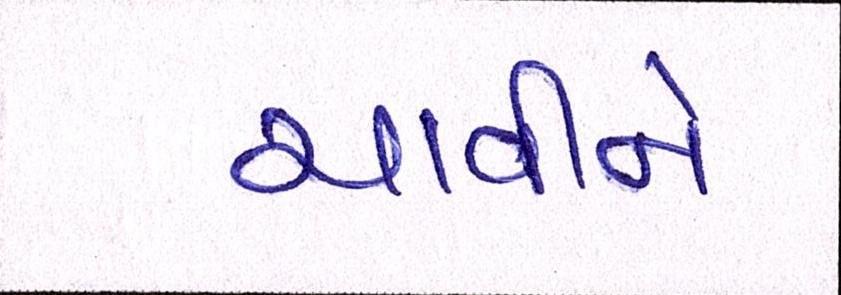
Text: ચાવીને